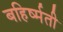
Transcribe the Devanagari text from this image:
बहिर्ष्मती